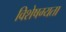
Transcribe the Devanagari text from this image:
विशेषग्यता